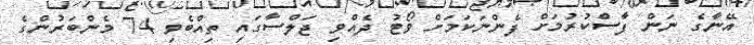
އޭނާގެ ނަން ފާސްކުރުމަށް ފެންނަކަމަށް ވޯޓު ދެއްވި ޖަލްސާގައި ތިއްބެވި 74 މެންބަރުންގެ